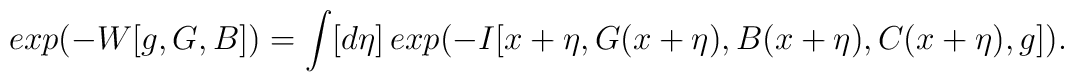
exp(-W[g,G,B])=\int [d\eta ]\,exp(-I[x+\eta,G(x+\eta),B(x+\eta),C(x+\eta),g]).